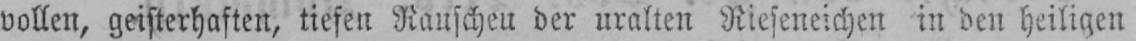
vollen, geisterhaften, tiefen Rauscheu der uralten Rieseneichen in den heiligen